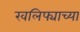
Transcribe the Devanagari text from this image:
खलिफ्याच्या